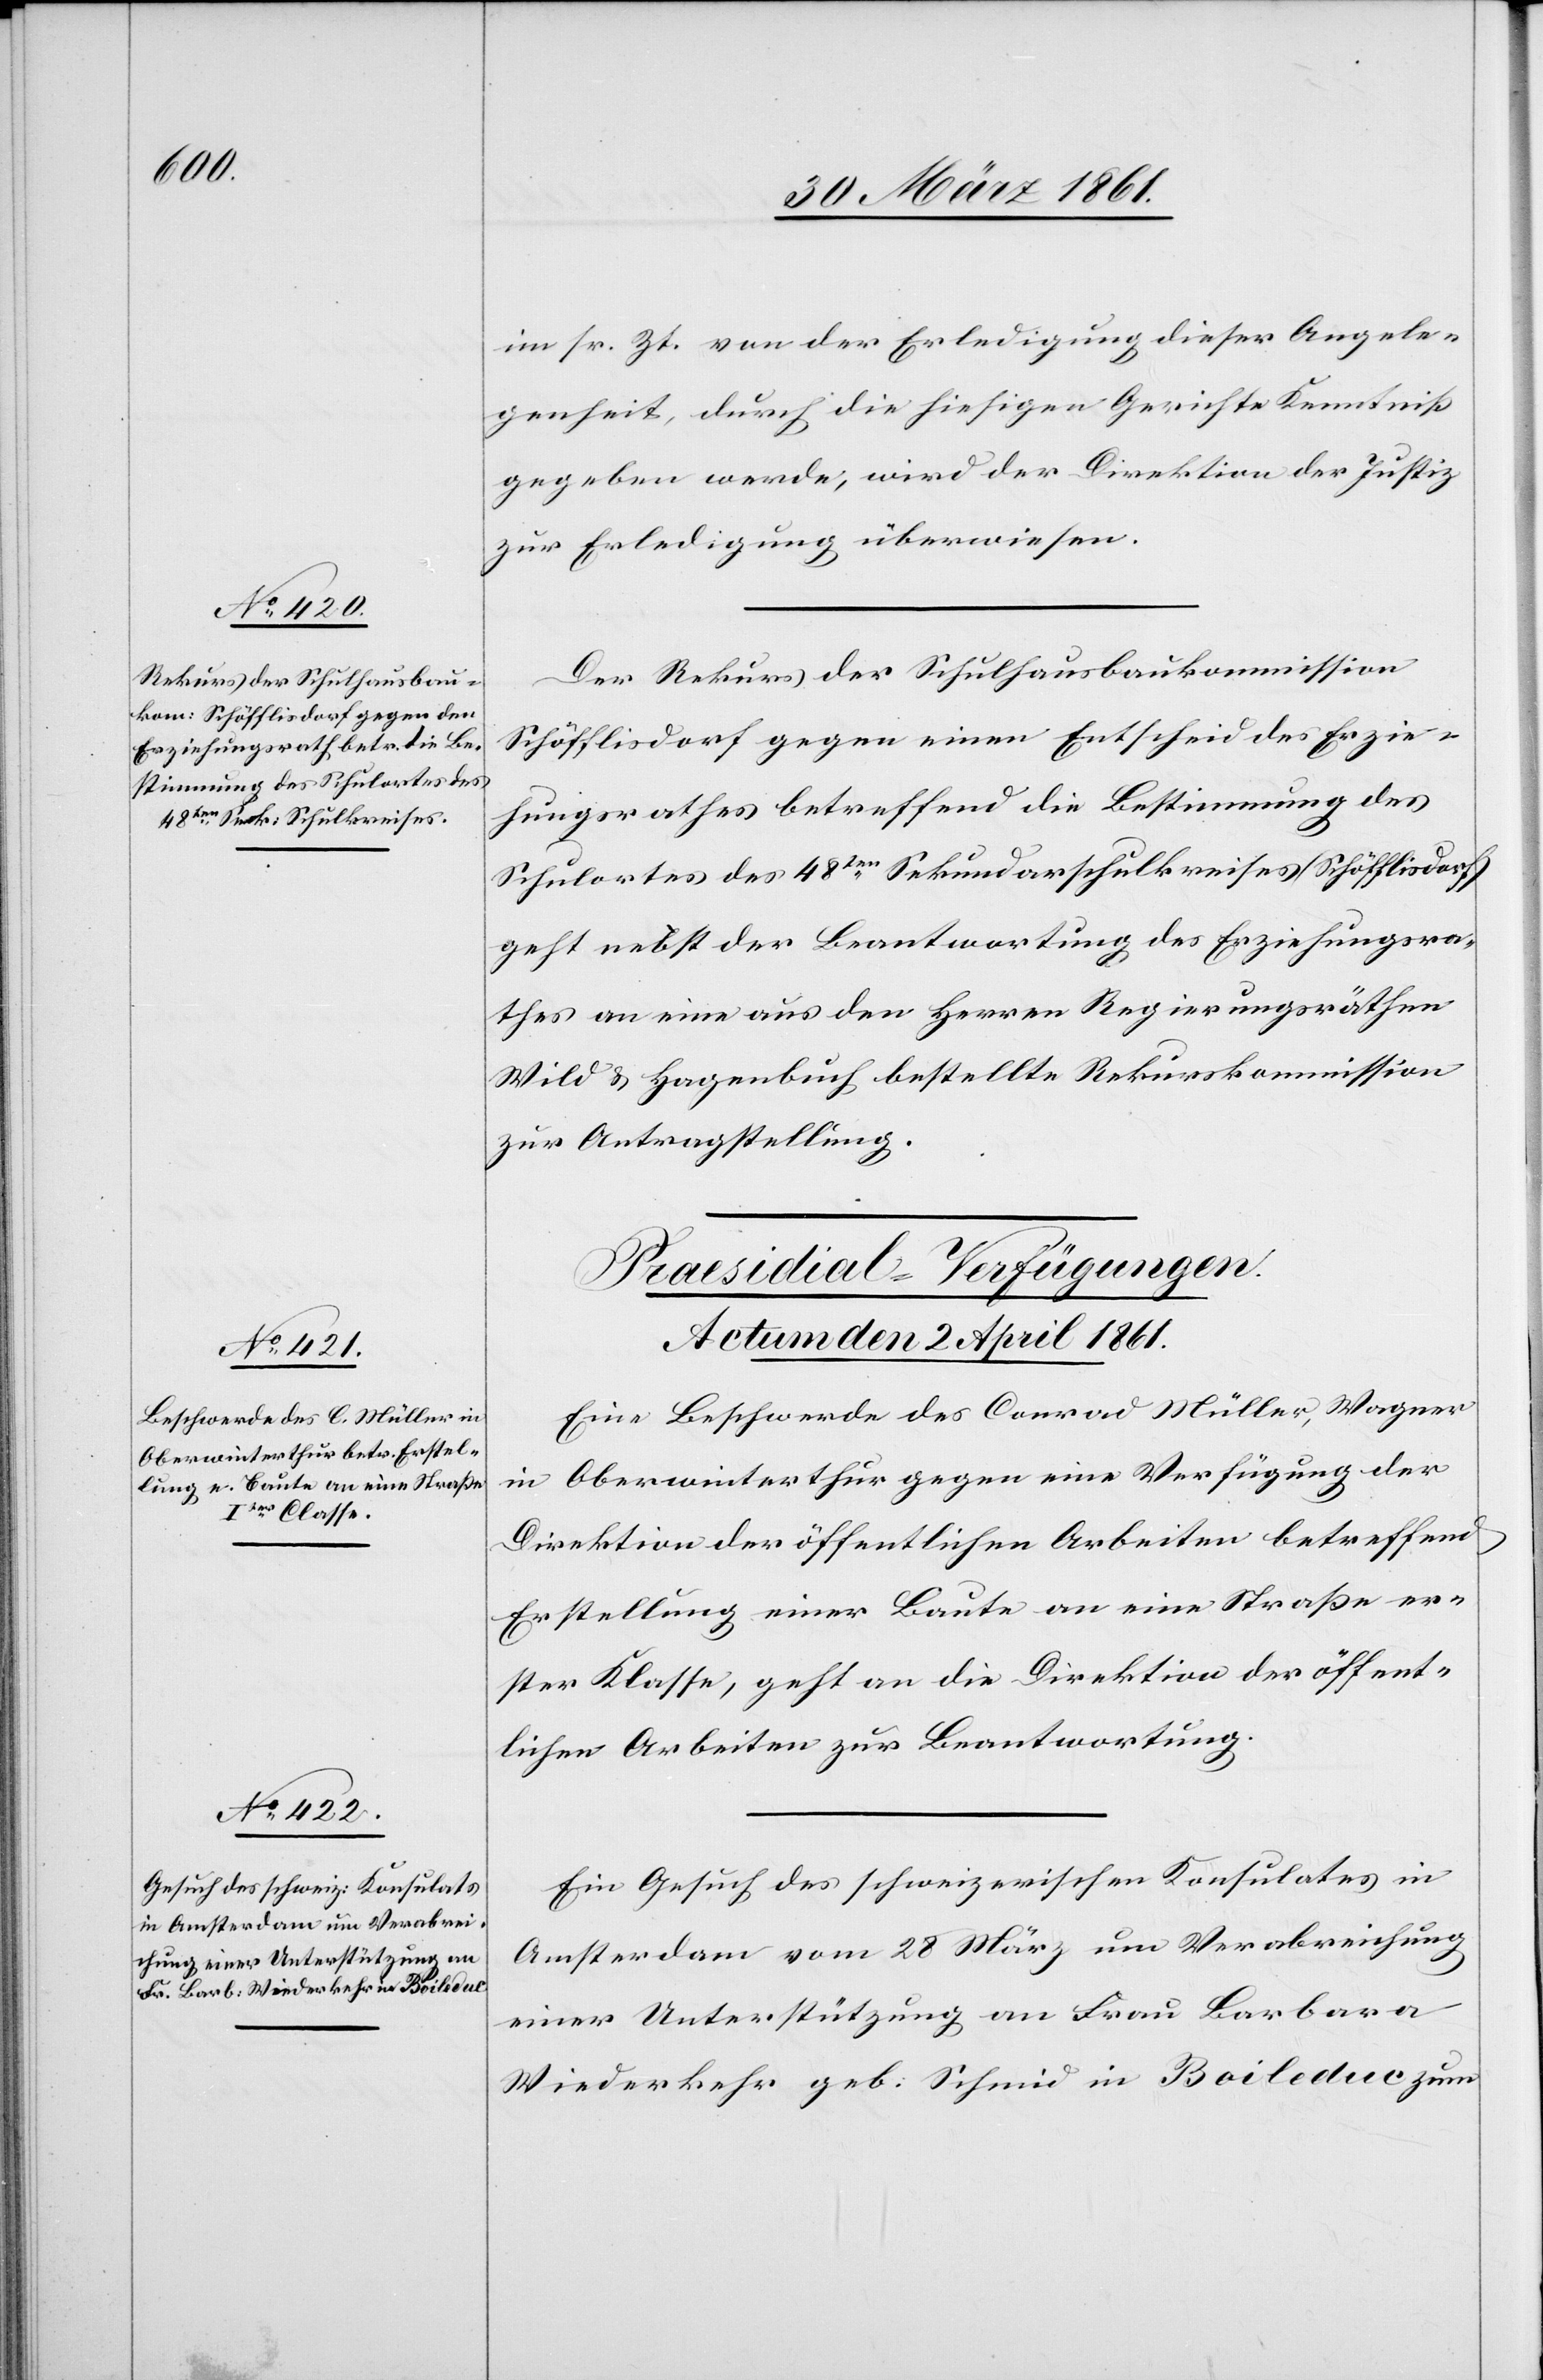
i[h]m sr. Zt. von der Erledigung dieser Angele¬
genheit, durch die hiesigen Gerichte Kenntniß
gegeben werde, wird der Direktion der Justiz
zur Erledigung überwiesen.
Der Rekurs der Schulhausbaukommission
Schöfflisdorf gegen einen Entscheid des Erzie¬
hungsrathes betreffend die Bestimmung des
Schulortes des 48ten Sekundarschulkreises (Schöfflisdorf)
geht nebst der Beantwortung des Erziehungsra¬
thes an eine aus den Herren Regierungsräthen
Wild u. Hagenbuch bestellt Rekurskommission
zur Antragstellung.
[Praesidial-Verfügungen.
Actum den 2. April 1861.]
Eine Beschwerde des Conrad Müller, Wagner
Oberwinterthur gegen eine Verfügung der
in
Direktion der öffentlichen Arbeiten betreffend
Erstellung einer Baute an eine Straße er¬
ster Klasse, geht an die Direktion der öffent¬
lichen Arbeiten zur Beantwortung.
Ein Gesuch des schweizerischen Konsulates in
Amsterdam vom 28. März um Verabreichung
einer Unterstützung an Frau Barbara
Wiederkehr geb. Schmid in Boileduc zum